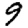
Digit: 9